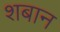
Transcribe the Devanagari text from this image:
शबान